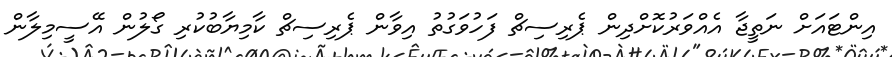
އިންޓައަށް ނަތީޖާ އެއްވަރުކޮށްދިން ޕެރިސިޗް ފަހުވަގުތު އިވާން ޕެރިސިޗް ކާމިޔާބުކުރި ގޯލުން އޭސީމިލާން